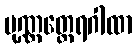
ပုဏ္ဏတ္ထေရဂါထာ